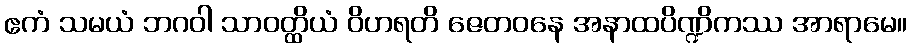
ဧကံ သမယံ ဘဂဝါ သာဝတ္ထိယံ ဝိဟရတိ ဇေတဝနေ အနာထပိဏ္ဍိကဿ အာရာမေ။